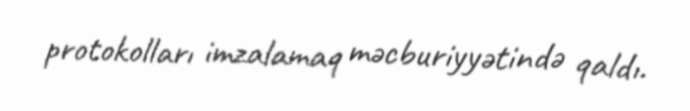
protokolları imzalamaq məcburiyyətində qaldı.